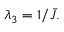
\begin{array} { r } { \lambda _ { 3 } = 1 / \bar { J } . } \end{array}